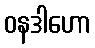
ဝနဒါဟော